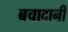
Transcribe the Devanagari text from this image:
बचादानी